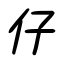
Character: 仔